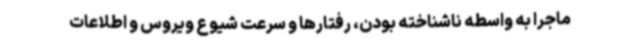
ماجرا به واسطه ناشناخته بودن، رفتارها و سرعت شیوع ویروس و اطلاعات